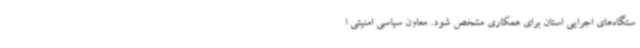
ستگاه‌های اجرایی استان برای همکاری مشخص شود. معاون سیاسی امنیتی ا